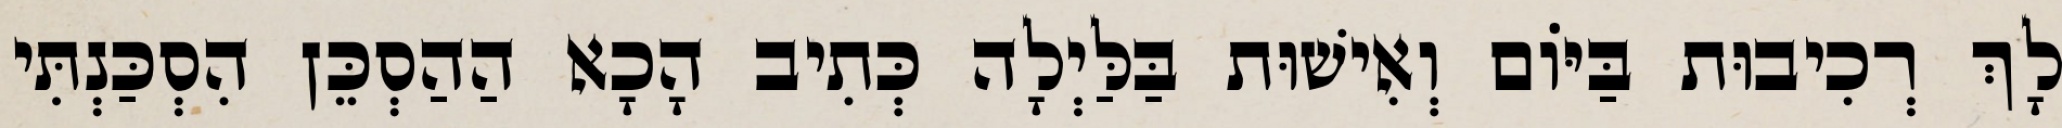
לָךְ רְכִיבוּת בַּיּוֹם וְאִישׁוּת בַּלַּיְלָה כְּתִיב הָכָא הַהַסְכֵּן הִסְכַּנְתִּי